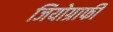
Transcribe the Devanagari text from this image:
जियोग्राफी